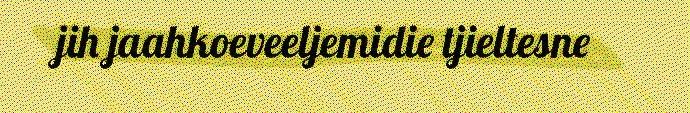
jih jaahkoeveeljemidie tjieltesne